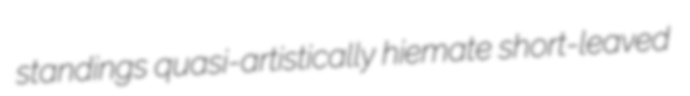
standings quasi-artistically hiemate short-leaved